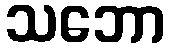
သဘော